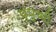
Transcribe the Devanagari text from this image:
पृंपुष्पी